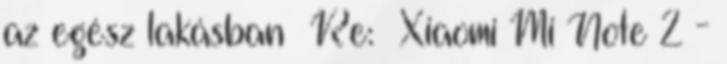
az egész lakásban Re: Xiaomi Mi Note 2 -